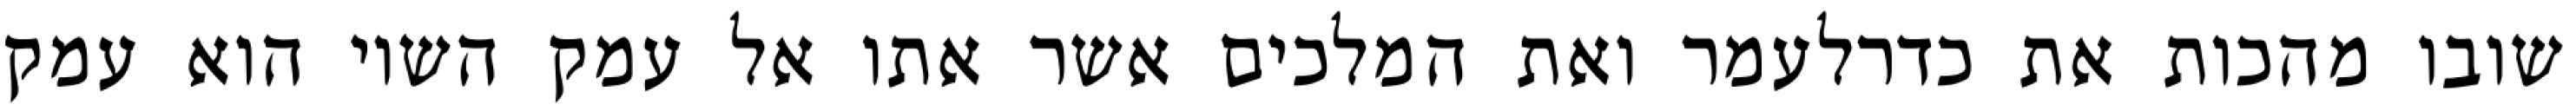
שובו מהכות את כדרלעמר ואת המלכים אשר אתו אל עמק השוי הוא עמק